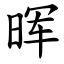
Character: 晖